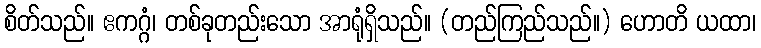
စိတ်သည်။ ဧကဂ္ဂံ၊ တစ်ခုတည်းသော အာရုံရှိသည်။ (တည်ကြည်သည်။) ဟောတိ ယထာ၊